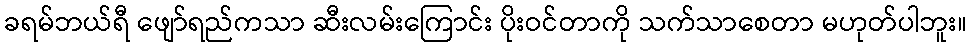
ခရမ်ဘယ်ရီ ဖျော်ရည်ကသာ ဆီးလမ်းကြောင်း ပိုးဝင်တာကို သက်သာစေတာ မဟုတ်ပါဘူး။